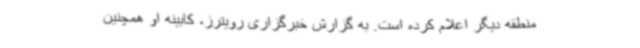
منطقه دیگر اعلام کرده است. به گزارش خبرگزاری رویترز، کابینه او همچنین